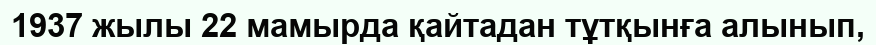
1937 жылы 22 мамырда қайтадан тұтқынға алынып,